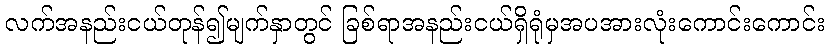
လက်အနည်းငယ်တုန်၍မျက်နှာတွင် ခြစ်ရာအနည်းငယ်ရှိရုံမှအပအားလုံးကောင်းကောင်း